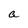
Character: a